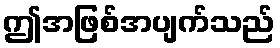
ဤအဖြစ်အပျက်သည်